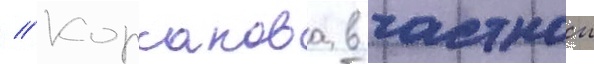
// Корсакова в частнои